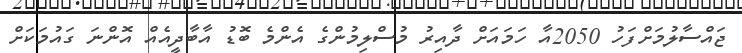
ޖައްސާލުމަށްފަހު 2050އާ ހަމައަށް ދާއިރު މުސްލިމުންގެ އެންމެ ބޮޑު އާބާދީއެއް އޮންނަ ގައުމަކަށް